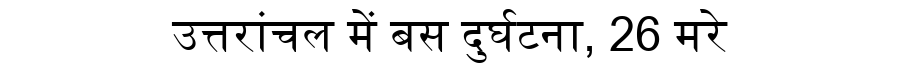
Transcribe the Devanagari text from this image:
उत्तरांचल में बस दुर्घटना, 26 मरे